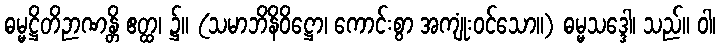
ဓမ္မဋ္ဌိတိဉာဏန္တိ ဧတ္ထ၊ ၌။ (သမာဘိနိဝိဋ္ဌော၊ ကောင်းစွာ အကျုံးဝင်သော။) ဓမ္မသဒ္ဒေါ၊ သည်။ ဝါ၊